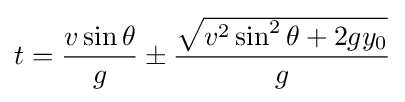
t={\frac {v\sin \theta }{g}}\pm {\frac {\sqrt {v^{2}\sin ^{2}\theta +2gy_{0}}}{g}}